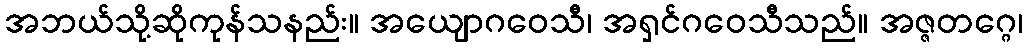
အဘယ်သို့ဆိုကုန်သနည်း။ အယျောဂဝေသီ၊ အရှင်ဂဝေသီသည်။ အဇ္ဇတဂ္ဂေ၊